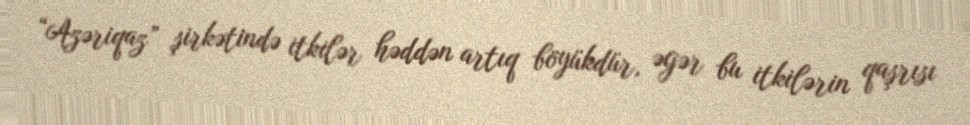
“Azəriqaz” şirkətində itkilər həddən artıq böyükdür, əgər bu itkilərin qaşrısı